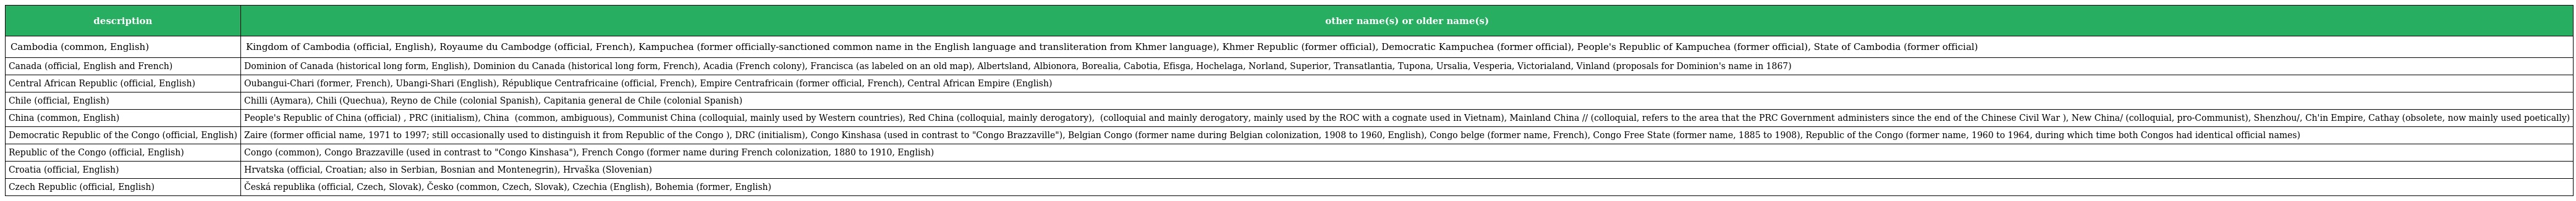
| description | other name(s) or older name(s) |
 | --- | --- |
 | Cambodia (common, English) | Kingdom of Cambodia (official, English), Royaume du Cambodge (official, French), Kampuchea (former officially-sanctioned common name in the English language and transliteration from Khmer language), Khmer Republic (former official), Democratic Kampuchea (former official), People's Republic of Kampuchea (former official), State of Cambodia (former official) |
 | Canada (official, English and French) | Dominion of Canada (historical long form, English), Dominion du Canada (historical long form, French), Acadia (French colony), Francisca (as labeled on an old map), Albertsland, Albionora, Borealia, Cabotia, Efisga, Hochelaga, Norland, Superior, Transatlantia, Tupona, Ursalia, Vesperia, Victorialand, Vinland (proposals for Dominion's name in 1867) |
 | Central African Republic (official, English) | Oubangui-Chari (former, French), Ubangi-Shari (English), République Centrafricaine (official, French), Empire Centrafricain (former official, French), Central African Empire (English) |
 | Chile (official, English) | Chilli (Aymara), Chili (Quechua), Reyno de Chile (colonial Spanish), Capitania general de Chile (colonial Spanish) |
 | China (common, English) | People's Republic of China (official) 中华人民共和国, PRC (initialism), China 中国 (common, ambiguous), Communist China (colloquial, mainly used by Western countries), Red China (colloquial, mainly derogatory), 中共 (colloquial and mainly derogatory, mainly used by the ROC with a cognate used in Vietnam), Mainland China /中国大陆/中国內地 (colloquial, refers to the area that the PRC Government administers since the end of the Chinese Civil War ), New China/新中国 (colloquial, pro-Communist), Shenzhou/神州, Ch'in Empire, Cathay (obsolete, now mainly used poetically) |
 | Democratic Republic of the Congo (official, English) | Zaire (former official name, 1971 to 1997; still occasionally used to distinguish it from Republic of the Congo ), DRC (initialism), Congo Kinshasa (used in contrast to "Congo Brazzaville"), Belgian Congo (former name during Belgian colonization, 1908 to 1960, English), Congo belge (former name, French), Congo Free State (former name, 1885 to 1908), Republic of the Congo (former name, 1960 to 1964, during which time both Congos had identical official names) |
 | Republic of the Congo (official, English) | Congo (common), Congo Brazzaville (used in contrast to "Congo Kinshasa"), French Congo (former name during French colonization, 1880 to 1910, English) |
 | Croatia (official, English) | Hrvatska (official, Croatian; also in Serbian, Bosnian and Montenegrin), Hrvaška (Slovenian) |
 | Czech Republic (official, English) | Česká republika (official, Czech, Slovak), Česko (common, Czech, Slovak), Czechia (English), Bohemia (former, English) |